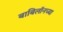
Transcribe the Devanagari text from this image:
बाबिलॉनच्या